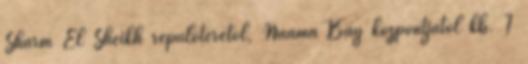
Sharm El Sheikh repülőterétől, Naama Bay központjától kb. 7